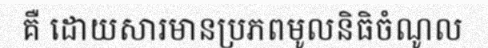
គឺ ដោយសារមានប្រភពមូលនិធិចំណូល